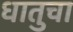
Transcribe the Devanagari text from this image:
धातुचा